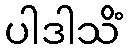
ပါဒါသိံ